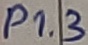
Text: P1.3